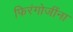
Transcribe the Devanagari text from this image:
फिरंगोजींना